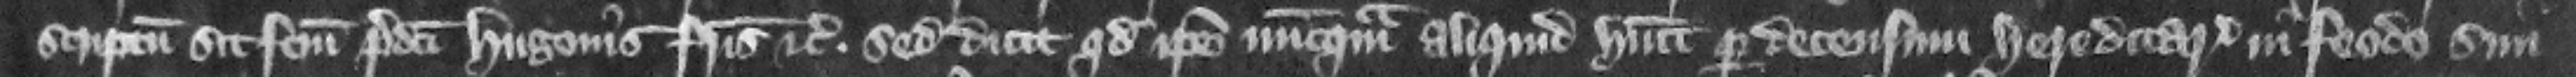
scriptum sit factum predicti Hugonis fratris etc. sed dicit quod ipse nuncquam aliquid habuit per decensum hereditarium in feodo sim